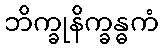
ဘိက္ခုနိက္ခန္ဓကံ